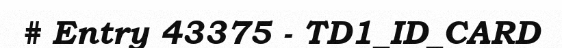
# Entry 43375 - TD1_ID_CARD